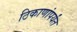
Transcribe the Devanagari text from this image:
ठिकाणांपर्यंत